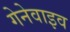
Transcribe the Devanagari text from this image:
गेनेवाइव